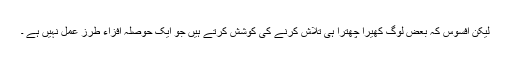
لیکن افسوس کہ بعض لوگ کھیرا چھترا ہی تلاش کرنے کی کوشش کرتے ہیں جو ایک حوصلہ افزاء طرز عمل نہیں ہے ۔